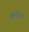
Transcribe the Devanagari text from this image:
किशोरदा